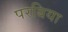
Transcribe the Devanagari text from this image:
परबिया